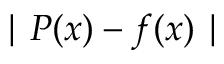
\mid P ( x ) - f ( x ) \mid